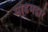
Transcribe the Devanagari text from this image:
मोडेमद्वारे